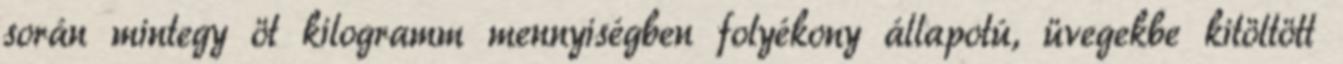
során mintegy öt kilogramm mennyiségben folyékony állapotú, üvegekbe kitöltött